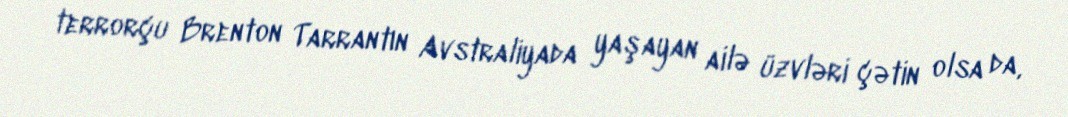
terrorçu Brenton Tarrantın Avstraliyada yaşayan ailə üzvləri çətin olsa da,